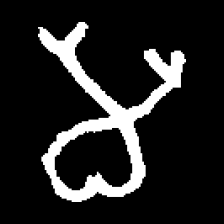
Pyu character \u2014 Myanmar letter: မ (romanized: ma)